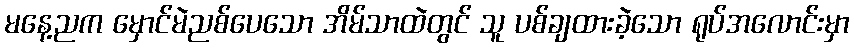
မနေ့ညက မှောင်မဲညစ်ပေသော အိမ်သာထဲတွင် သူ ပစ်ချထားခဲ့သော ရုပ်အလောင်းမှာ